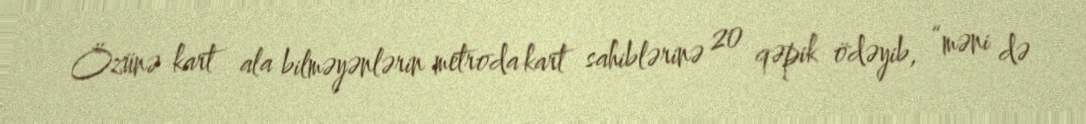
Özünə kart ala bilməyənlərin metroda kart sahiblərinə 20 qəpik ödəyib, “məni də